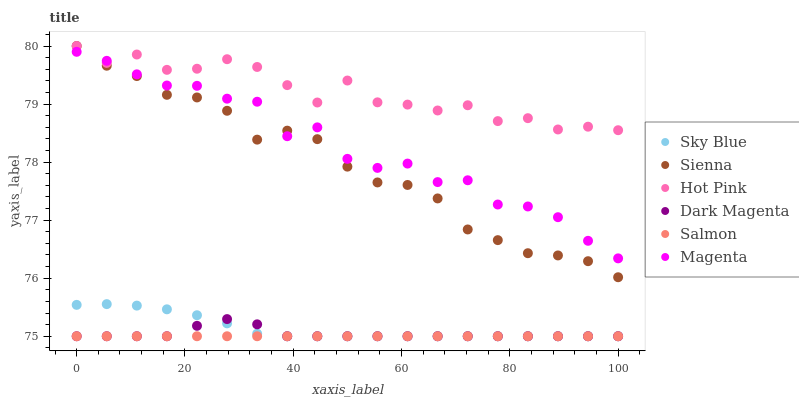
| xaxis_label | Sky Blue | Sienna | Hot Pink | Dark Magenta | Salmon | Magenta |
 | --- | --- | --- | --- | --- | --- | --- |
 | 0 | 75.5 | 80 | 80 | 75 | 75 | 79.9 |
 | 5.56 | 75.6 | 79.7 | 79.7 | 75 | 75 | 79.7 |
 | 11.1 | 75.5 | 79.5 | 79.9 | 75 | 75 | 79.5 |
 | 16.7 | 75.5 | 79.2 | 79.6 | 75 | 75 | 79.3 |
 | 22.2 | 75.4 | 79.1 | 79.6 | 75.2 | 75 | 79.3 |
 | 27.8 | 75.2 | 78.9 | 79.8 | 75.3 | 75 | 79.1 |
 | 33.3 | 75 | 78.4 | 79.6 | 75.2 | 75 | 79 |
 | 38.9 | 75 | 78.5 | 79.3 | 75 | 75 | 78.4 |
 | 44.4 | 75 | 78.4 | 79 | 75 | 75 | 78.6 |
 | 50 | 75 | 77.9 | 79.4 | 75 | 75 | 78.1 |
 | 55.6 | 75 | 77.6 | 79 | 75 | 75 | 77.9 |
 | 61.1 | 75 | 77.6 | 79 | 75 | 75 | 78 |
 | 66.7 | 75 | 77.4 | 78.9 | 75 | 75 | 77.7 |
 | 72.2 | 75 | 76.8 | 79 | 75 | 75 | 77.7 |
 | 77.8 | 75 | 76.7 | 78.7 | 75 | 75 | 77.3 |
 | 83.3 | 75 | 76.4 | 78.8 | 75 | 75 | 77.2 |
 | 88.9 | 75 | 76.4 | 78.6 | 75 | 75 | 77.1 |
 | 94.4 | 75 | 76.3 | 78.6 | 75 | 75 | 76.6 |
 | 100 | 75 | 76 | 78.5 | 75 | 75 | 76.3 |